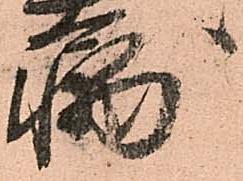
輔